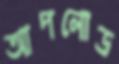
আপলোড